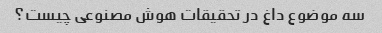
سه موضوع داغ در تحقیقات هوش مصنوعی چیست؟